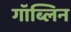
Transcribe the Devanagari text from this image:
गॉब्लिन